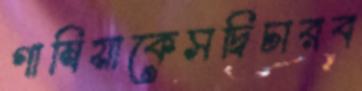
গাম্বিয়াকেসদ্বিচারব